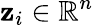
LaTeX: \mathbf{z}_{i}\in\mathbb{R}^{n}